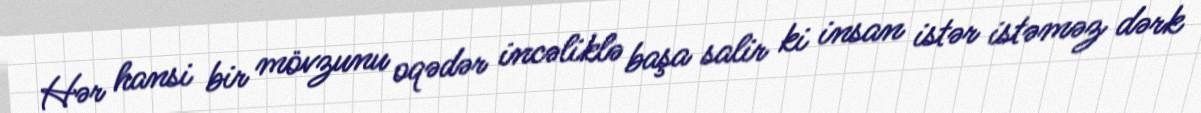
Hər hansi bir mövzunu oqədər incəliklə başa salir ki insan istər istəməz dərk